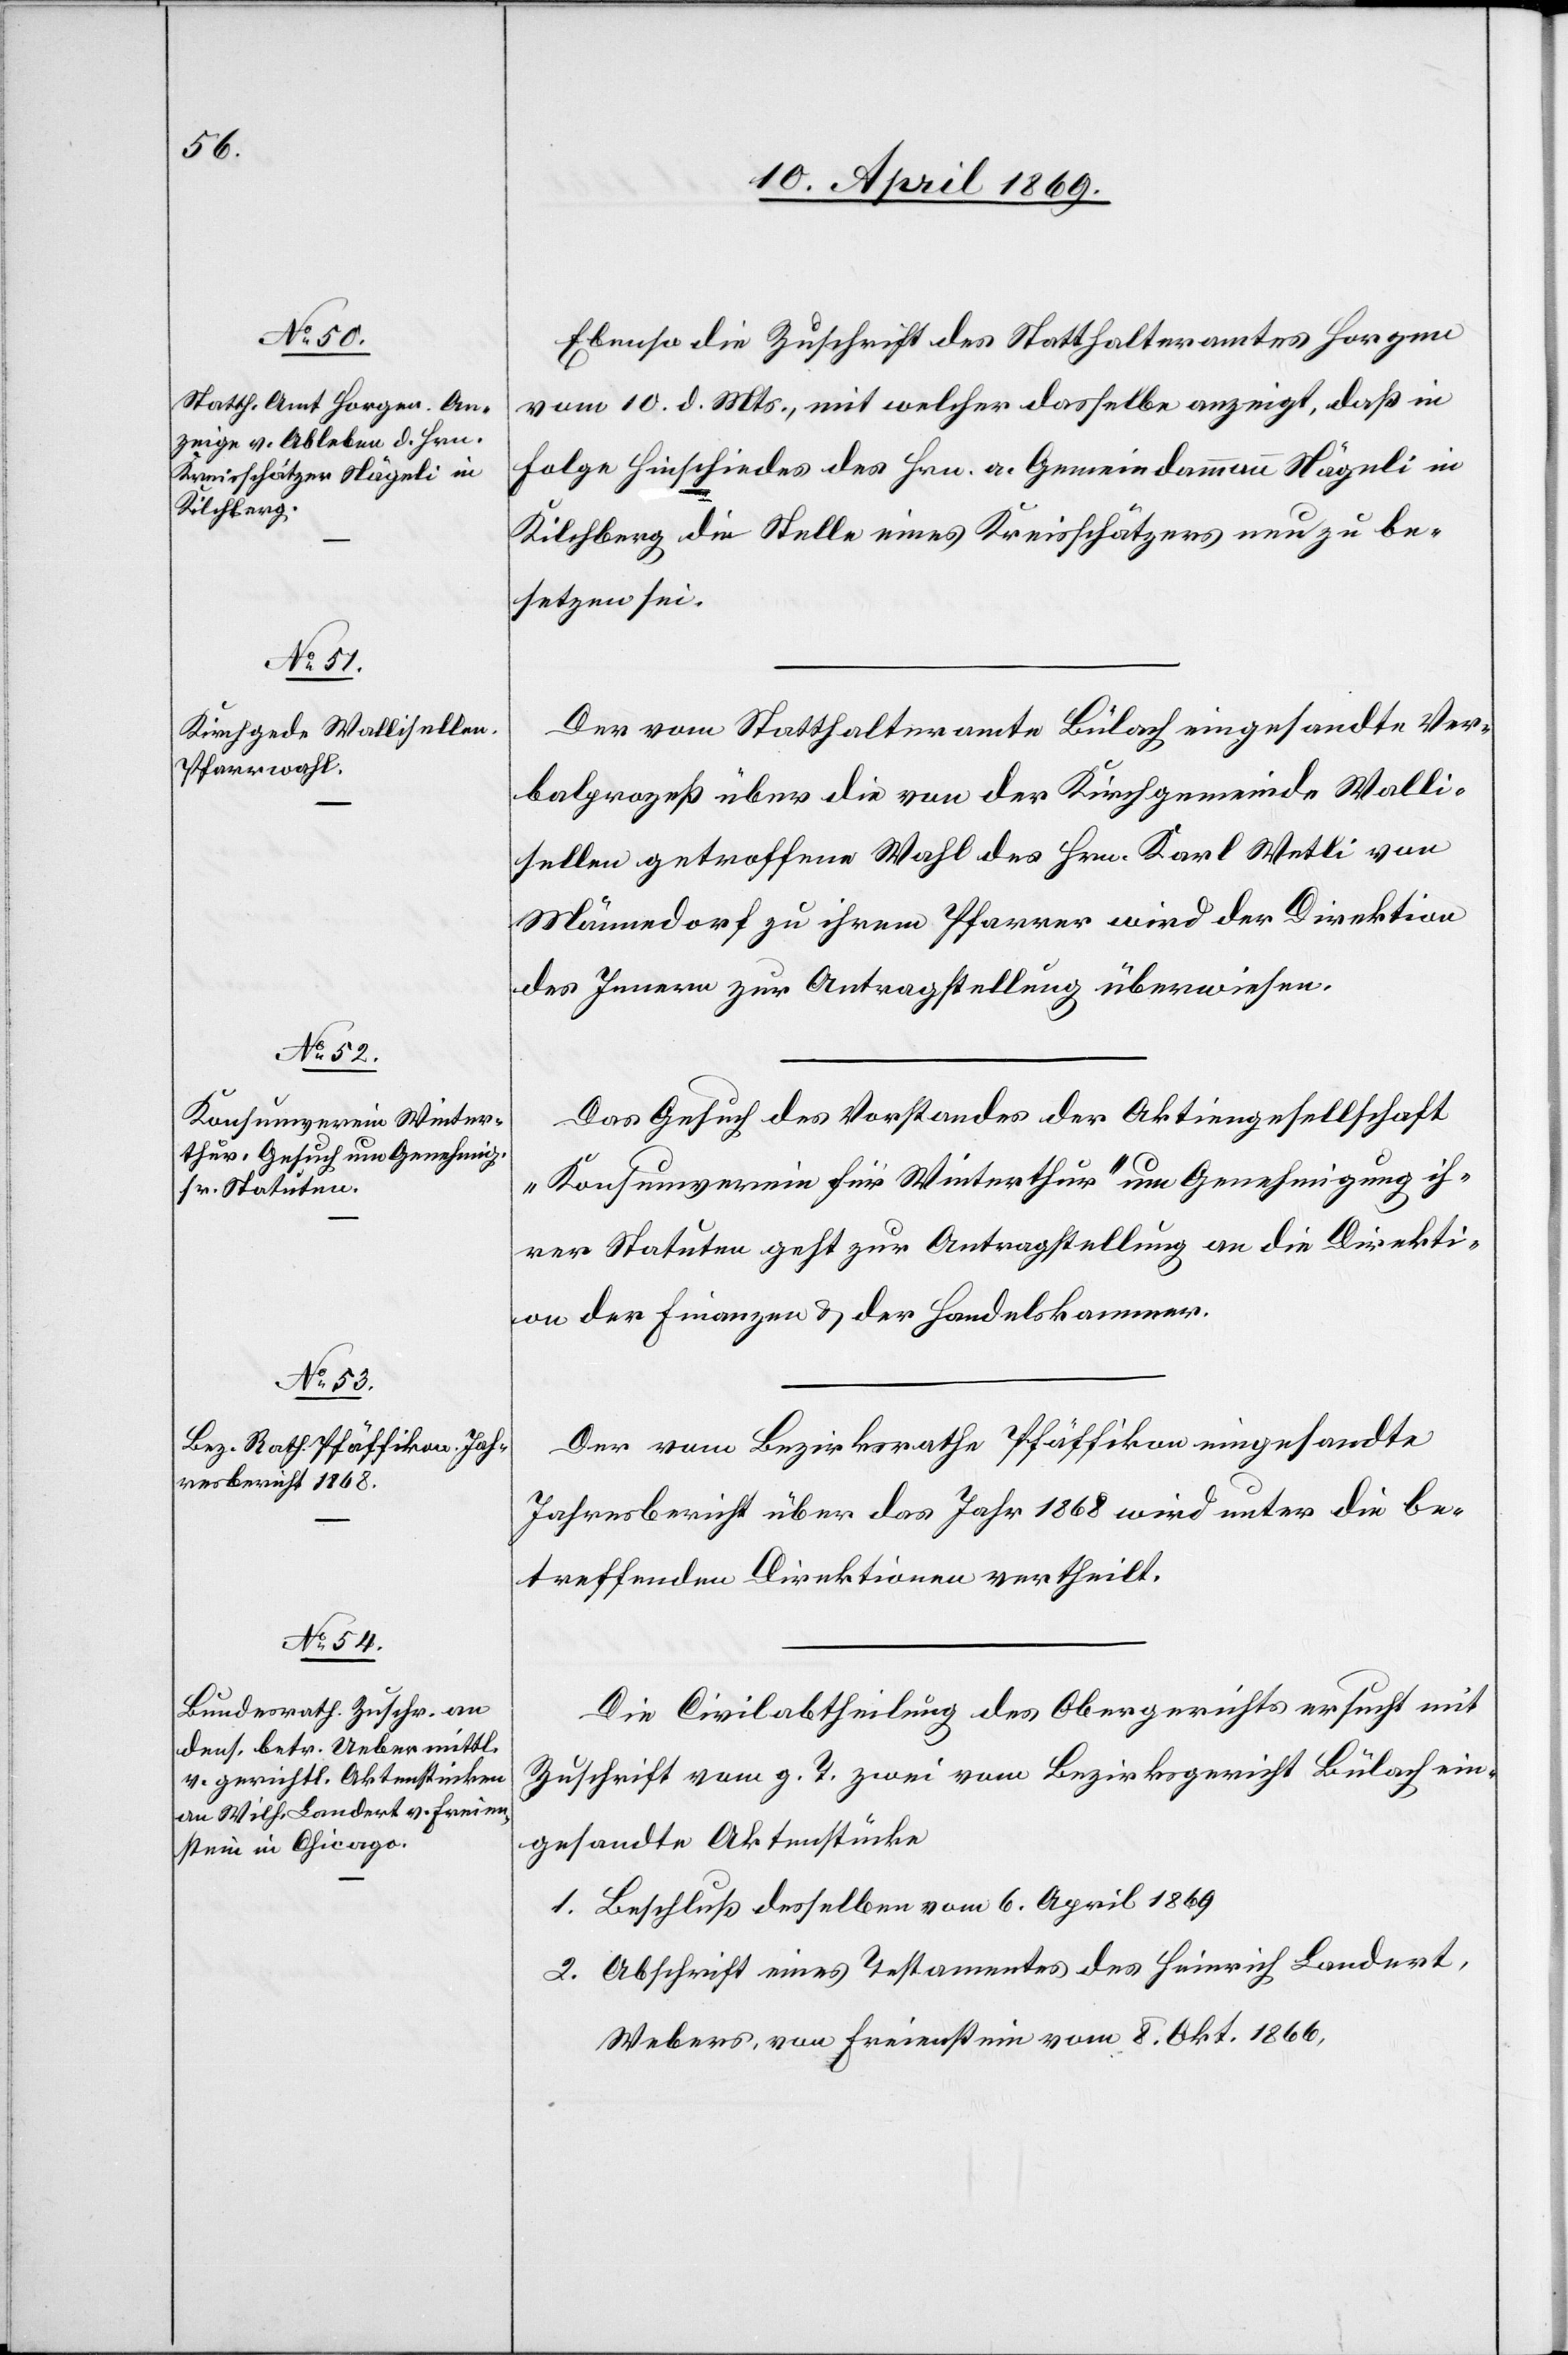
13. April 1869.]
Ebenso die Zuschrift des Statthalteramtes Horgen
vom 10. d. Mts. mit welcher dasselbe anzeigt, daß in
Folge Hinschiedes des Hrn. a. Gemeindammann Nägeli in
Kilchberg die Stelle eines Kreisschätzers neu zu be¬
setzen sei.
Der vom Statthalteramte Bülach eingesandte Ver¬
balprozeß über die von der Kirchgemeinde Walli¬
sellen getroffene Wahl des Hrn. Karl Wetli von
Männedorf zu ihrem Pfarrer wird der Direktion
des Innern zur Antragstellung überwiesen.
Das Gesuch des Vorstandes der Aktiengesellschaft
„Konsumverein für Winterthur“ um Genehmigung ih¬
rer Statuten geht zur Antragstellung an die Direkti¬
on der Finanzen u. der Handelskammer.
Der vom Bezirksrathe Pfäffikon eingesandte
Jahresbericht über das Jahr 1868 wird unter die be¬
treffenden Direktionen vertheilt.
Die Civilabtheilung des Obergerichtes ersucht mit
Zuschrift vom g. T. zwei vom Bezirksgericht Bülach ein¬
gesandte Aktenstücke
1. Beschluß desselben vom 6. April 1869.
2. Abschrift eines Testaments des Heinrich Landert,
Webers, von Freienstein vom 8. Okt. 1866,